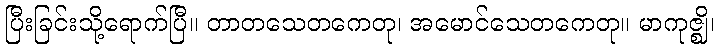
ပြီးခြင်းသို့ရောက်ပြီ။ တာတသေတကေတု၊ အမောင်သေတကေတု။ မာကုဇ္ဈိ၊